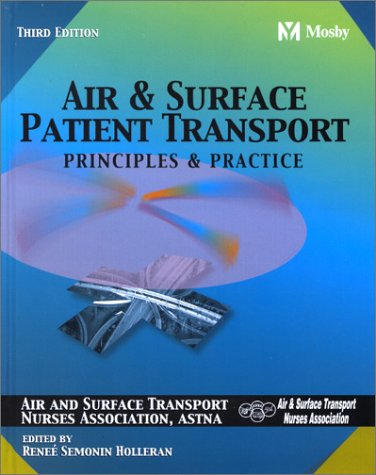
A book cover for Air & Surface Patient Transport: Principles & Practice; Renee S. Holleran RN  PhD  CEN  CCRN  CFRN  CTRN  FAEN; Medical Books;